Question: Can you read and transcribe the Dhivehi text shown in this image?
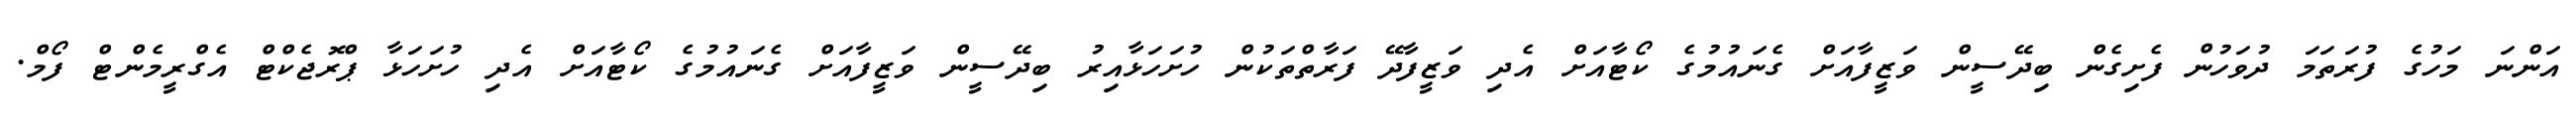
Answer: އަންނަ މަހުގެ ފުރަތަމަ ދުވަހުން ފެށިގެން ބިދޭސީން ވަޒީފާއަށް ގެނައުމުގެ ކޯޓާއަށް އެދި ވަޒީފާދޭ ފަރާތްތަކުން ހުށަހަޅާއިރު ބިދޭސީން ވަޒީފާއަށް ގެނައުމުގެ ކޯޓާއަށް އެދި ހުށަހަޅާ ޕްރޮޖެކްޓް އެގްރީމެންޓް ފޯމް.